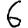
Digit: 6